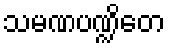
သမဏပဏ္ဍိတေ